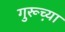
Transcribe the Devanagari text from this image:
गुरूच़्या